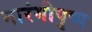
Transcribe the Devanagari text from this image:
नारंगीपुष्प